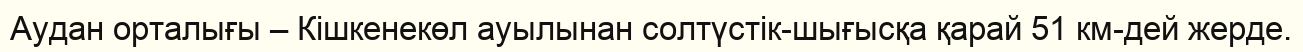
Аудан орталығы – Кішкенекөл ауылынан солтүстік-шығысқа қарай 51 км-дей жерде.